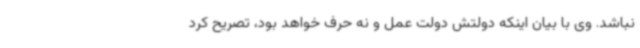
نباشد. وی با بیان اینکه دولتش دولت عمل و نه حرف خواهد بود، تصریح کرد